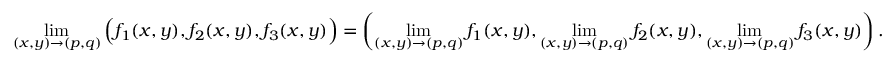
\operatorname* { l i m } _ { ( x , y ) \to ( p , q ) } { \Bigl ( } f _ { 1 } ( x , y ) , f _ { 2 } ( x , y ) , f _ { 3 } ( x , y ) { \Bigr ) } = \left( \operatorname* { l i m } _ { ( x , y ) \to ( p , q ) } f _ { 1 } ( x , y ) , \operatorname* { l i m } _ { ( x , y ) \to ( p , q ) } f _ { 2 } ( x , y ) , \operatorname* { l i m } _ { ( x , y ) \to ( p , q ) } f _ { 3 } ( x , y ) \right) .